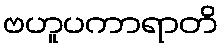
ဗဟူပကာရာတိ